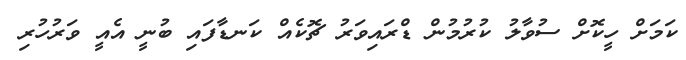
ކަމަށް ހީކޮށް ސުވާލު ކުރުމުން ޑްރައިވަރު ޗޮކެއް ކަނޑާފައި ބުނީ އެއީ ވަރުހުރި